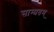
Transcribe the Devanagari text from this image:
साम्प्रतम्